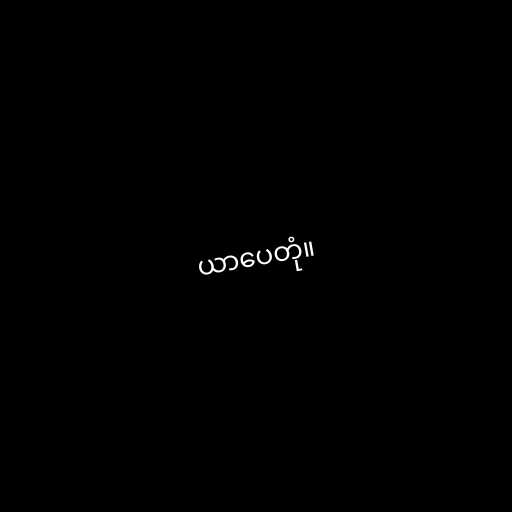
ယာပေတုံ။